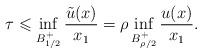
LaTeX: \begin{align*}\tau \leqslant \inf_{B_{1/2}^+} \frac{\tilde u(x)}{x_1} = \rho \inf_{B_{\rho/2}^+} \frac{u(x)}{x_1}. \end{align*}